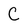
Character: C